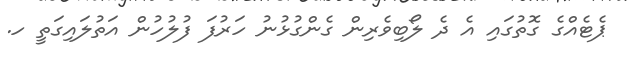
ޕެޓެއްގެ ގޮތުގައި އެ ދެ ލޯބިވެރިން ގެންގުޅުނު ހަރުފަ ފުލުހުން އަތުލައިގަތީ ހ.